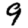
Digit: 9